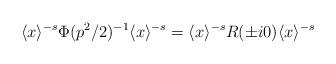
LaTeX: \begin{align*}\langle x\rangle^{-s}\Phi(p^2/2)^{-1}\langle x\rangle^{-s}=\langle x\rangle^{-s}R(\pm i0)\langle x\rangle^{-s}\end{align*}